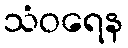
သံဝရေန